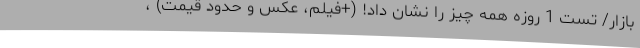
بازار/ تست 1 روزه همه چیز را نشان داد! (+فیلم، عکس و حدود قیمت) ،